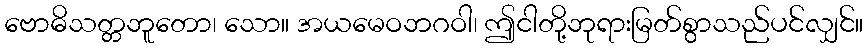
ဗောဓိသတ္တဘူတော၊ သော။ အယမေဝဘဂဝါ၊ ဤငါတို့ဘုရားမြတ်စွာသည်ပင်လျှင်။